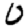
Digit: 0